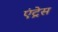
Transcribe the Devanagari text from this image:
एंट्रेस